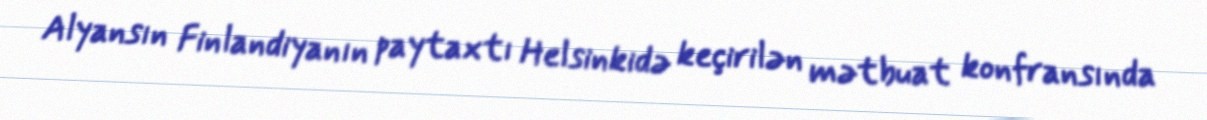
Alyansın Finlandiyanın paytaxtı Helsinkidə keçirilən mətbuat konfransında